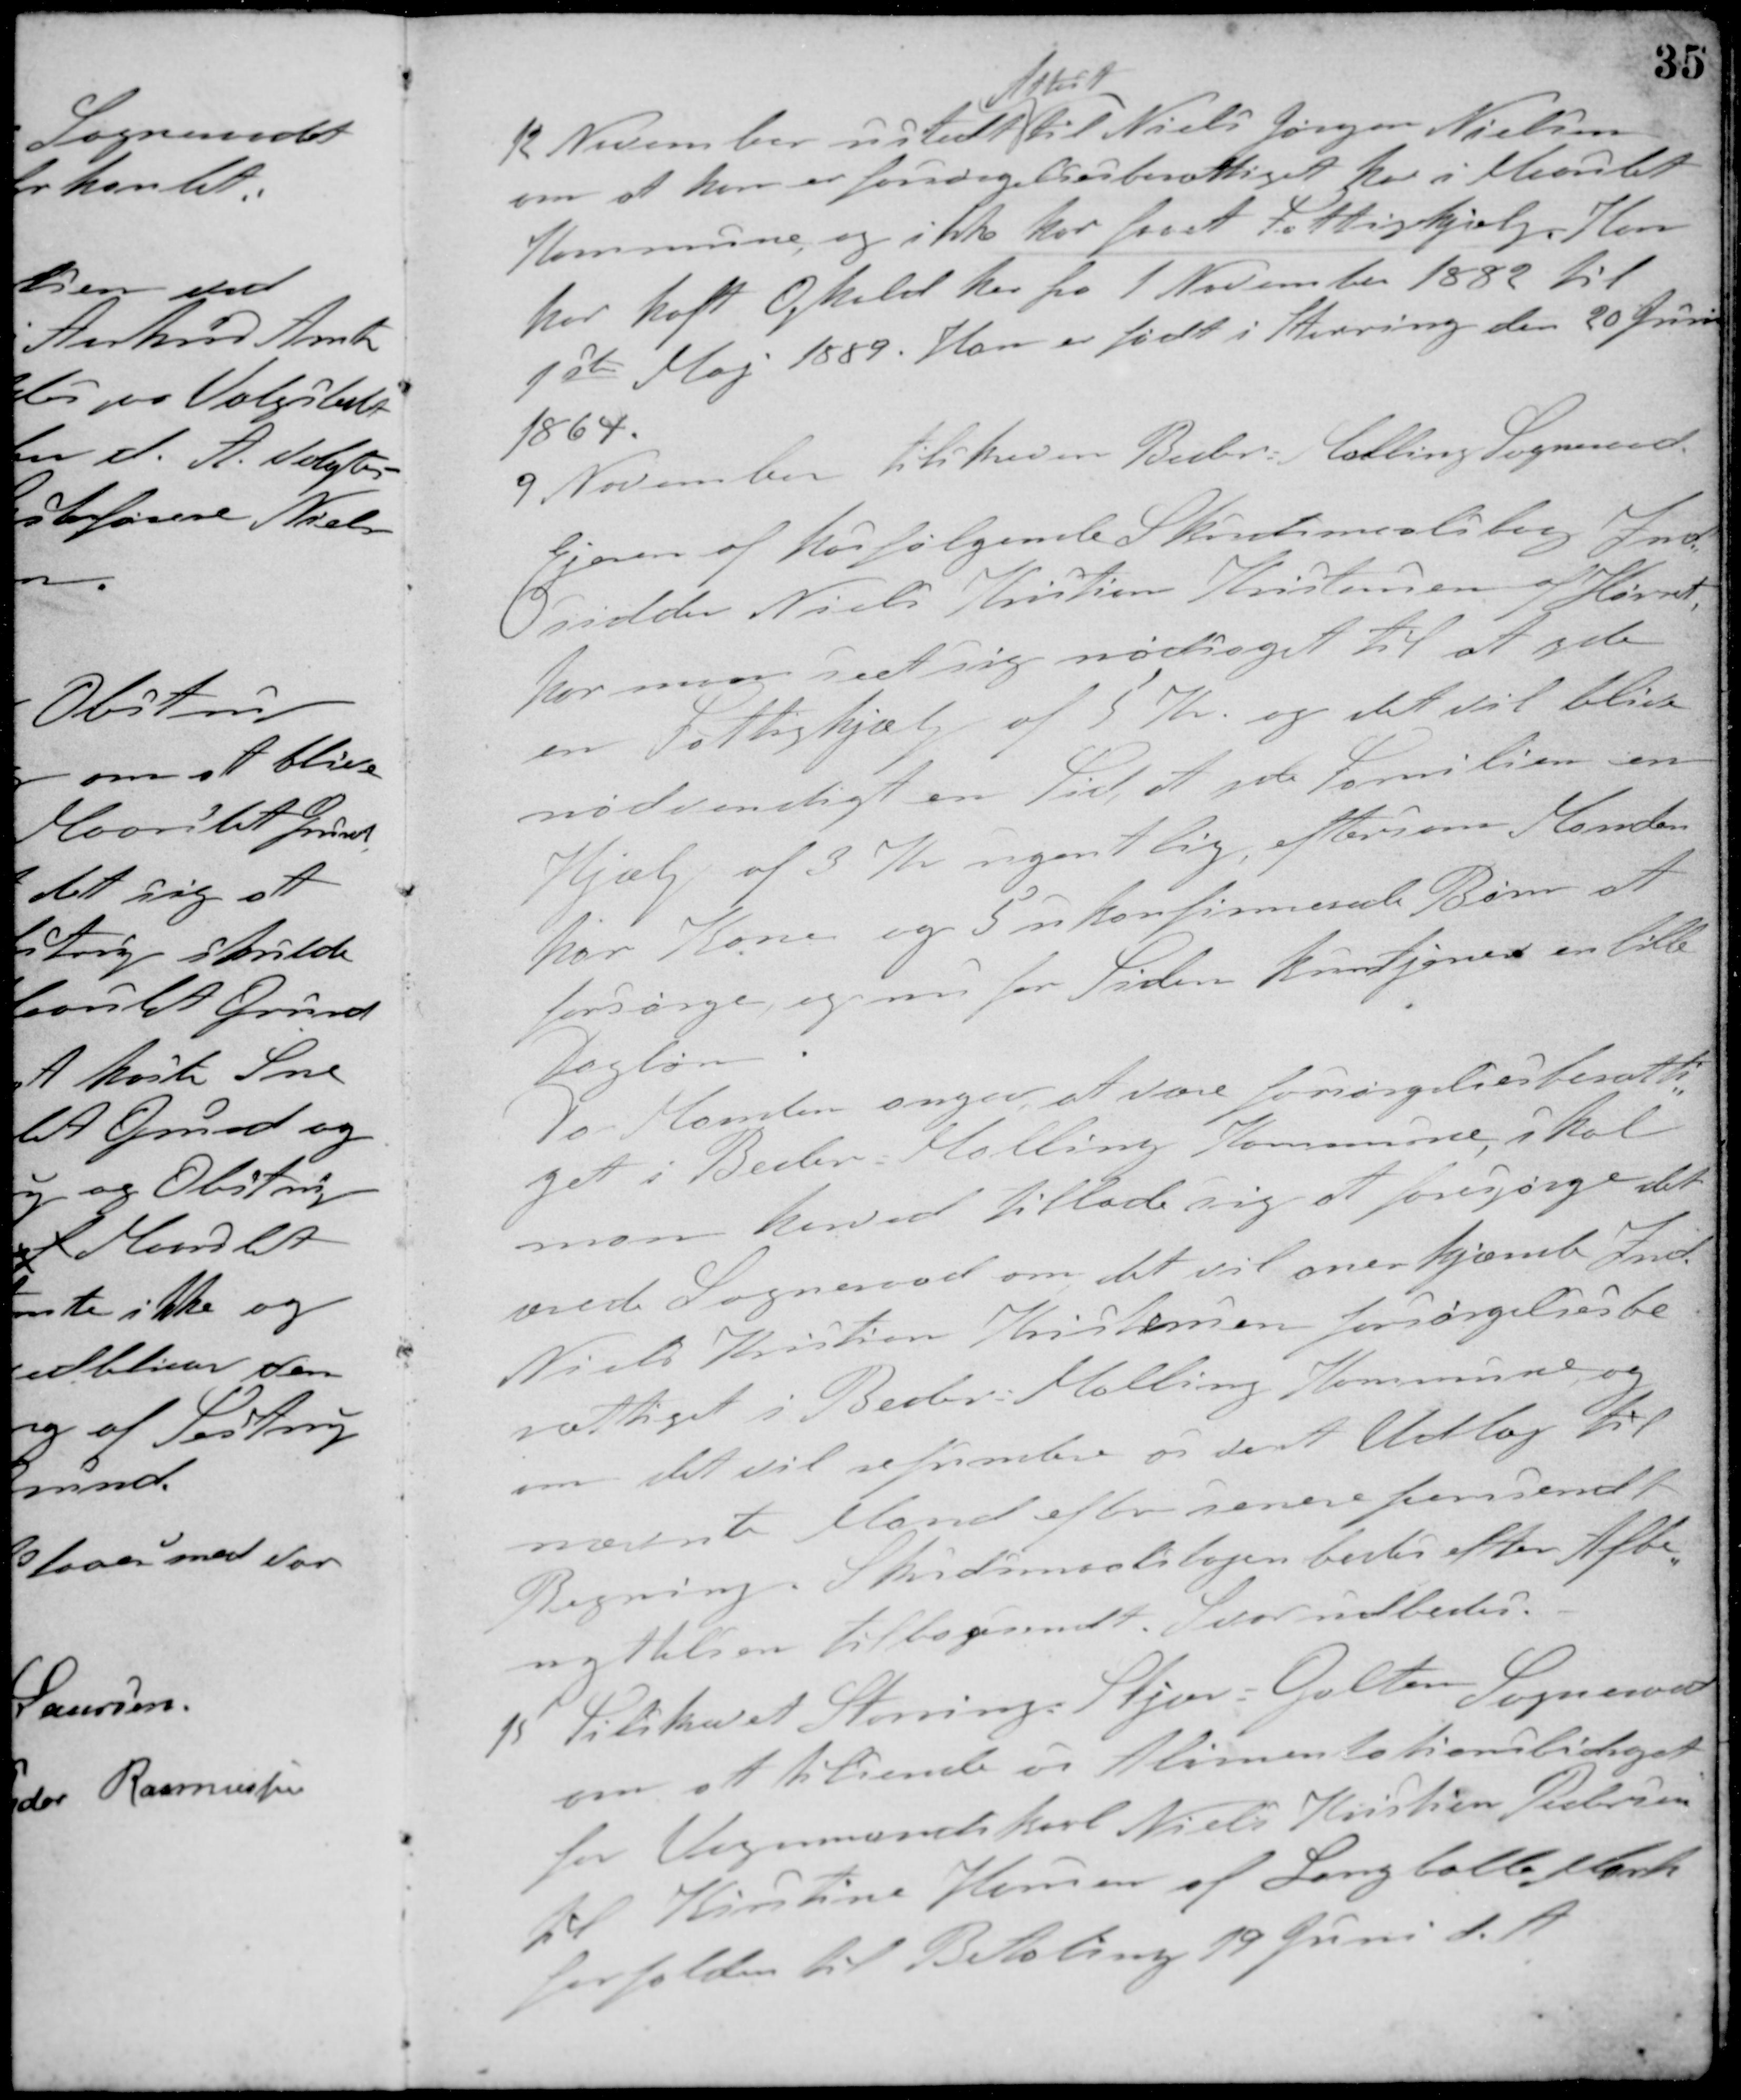
Transskription:
12 November ustedt
Attest
til Niels Jørgen Nielsen
om at han er forsørgelsesberettiget her i Maarslet
Kommune, og ikke har faaet Fattighjælp. Han
har haft Ophold her fra 1 November 1882 til
1steMaj 1889. Han er født i Hevring den 20 Juni
1864.
9 November tilskreven Beder-Malling Sogneraad
Ejeren af hosfølgende Skudsmaalsbog Ind-
sidder Niels Kristian Kristensen af Hørret
har man seet sig nødsaget til at yde
en Fattighjælp af 5 Kr. og det vil blive
nødvenligt en Tid at yde Familien en
Hjælp af 3 Kr. ugentlig, eftersom Manden
har Kone og 5 ukonfirmerede Børn at
forsørge og nu for Tiden kun tjener en lille
Dagløn.
Da Manden angav at være forsørgelsesberetti-
get i Beder-Malling Kommune, skal
man herved tillade sig at forespørge det
ærede Sogneraad om at vil anerkjænde Ind
Niels Kristian Kristensen forsørgelsesbe-
rettiget i Beder-Malling Kommune, og
om det vil refundere os det Udlæg til
nævnte Mand efter senere fremsendt
Regning. Skudsmaalsbogen bedes efter Afbe-
nyttelsen tilbagesendt. Svar udbedes.
15. Tilskrevet Storring-Stjær-Galten Sogneraad
om at tilsende os Alimentationsbidraget
for Vognmandskarl Niels Kristian Pedersen
til Kirstine Hansen af Langballe Mark
forfalden til Betaling 19 Juni d. A.